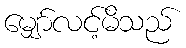
မျှော်လင့်မိသည်